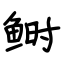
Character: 鲥